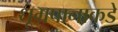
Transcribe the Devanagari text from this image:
धूम्रपानाकडे